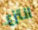
انتزع